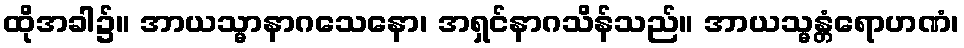
ထိုအခါ၌။ အာယသ္မာနာဂသေနော၊ အရှင်နာဂသိန်သည်။ အာယသ္မန္တံရောဟဏံ၊